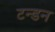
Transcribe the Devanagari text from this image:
टन्डन